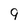
Character: 9